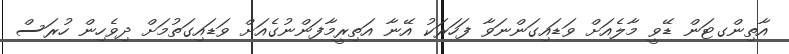
އާތިންގޓަން ޑޭވީ މާލެއަށް ވަޑައިގަންނަވާ ފަހަރަކު އޭނާ އަތިރީމާފަންނުގެއަށް ވަޑައިގަތުމަށް ދިވެހިން ހުރަސް